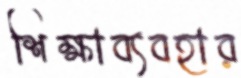
শিক্ষাব্যবহার